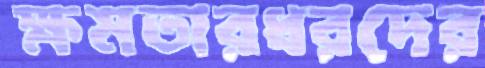
ক্ষমতারধরদের